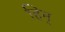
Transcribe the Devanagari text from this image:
हिन्